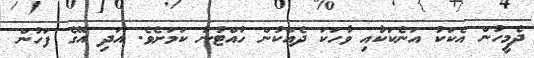
ދެމީހުން އެކަކު އަނެކަކާއި ވާހަކަ ދެއްކުން ހުއްޓުނު ކަމަށެވެ. އަދި އޭގެ ފަހުން